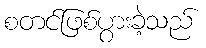
စတင်ဖြစ်ပွားခဲ့သည်